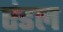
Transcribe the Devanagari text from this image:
एंडल